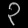
Digit: ၃